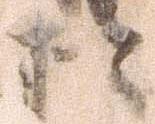
於